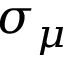
\sigma _ { \mu }